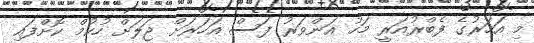
މި އަހަރުގެ ފެބްރުއަރީ މަހު އަންވަރު ފަސް އަހަރަށް ޖަލަށް ހުކުމް ކޮށްފައި